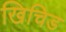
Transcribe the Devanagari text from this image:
खिचिड